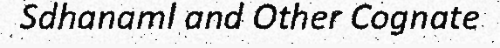
Sdhanaml and Other Cognate